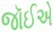
જૉઈએ